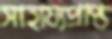
সাহায্যপ্রাপ্ত